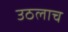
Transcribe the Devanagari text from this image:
उठलाच